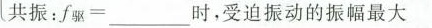
共振：$$f_ { 驱 } = ___$$时，受迫振动的振幅最大